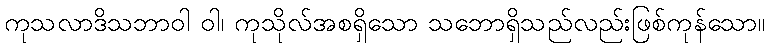
ကုသလာဒိသဘာဝါ ဝါ၊ ကုသိုလ်အစရှိသော သဘောရှိသည်လည်းဖြစ်ကုန်သော။